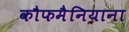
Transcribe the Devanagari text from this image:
कौफमैनियाना